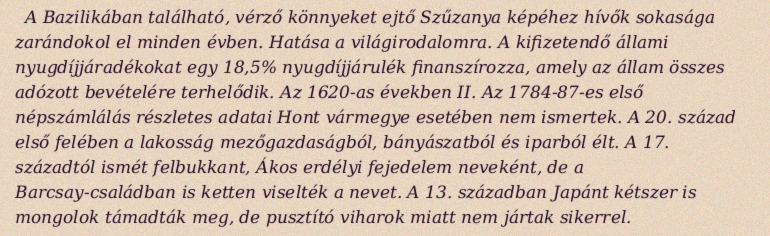
A Bazilikában található, vérző könnyeket ejtő Szűzanya képéhez hívők sokasága zarándokol el minden évben. Hatása a világirodalomra. A kifizetendő állami nyugdíjjáradékokat egy 18,5% nyugdíjjárulék finanszírozza, amely az állam összes adózott bevételére terhelődik. Az 1620-as években II. Az 1784-87-es első népszámlálás részletes adatai Hont vármegye esetében nem ismertek. A 20. század első felében a lakosság mezőgazdaságból, bányászatból és iparból élt. A 17. századtól ismét felbukkant, Ákos erdélyi fejedelem neveként, de a Barcsay-családban is ketten viselték a nevet. A 13. században Japánt kétszer is mongolok támadták meg, de pusztító viharok miatt nem jártak sikerrel.